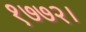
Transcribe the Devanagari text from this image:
१७७२।